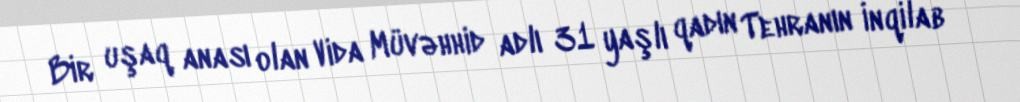
Bir uşaq anası olan Vida Müvəhhid adlı 31 yaşlı qadın Tehranın İnqilab